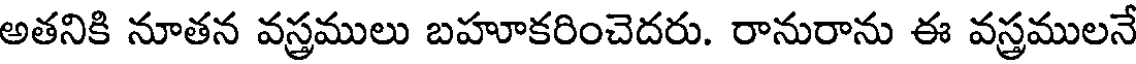
అతనికి నూతన వస్త్రములు బహూకరించెదరు. రానురాను ఈ వస్త్రములనే